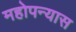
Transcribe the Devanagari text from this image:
महोपन्यास